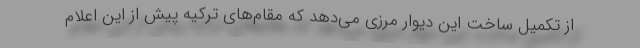
از تکمیل ساخت این دیوار مرزی می‌دهد که مقام‌های ترکیه پیش از این اعلام